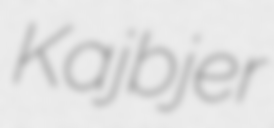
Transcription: Kajbjer